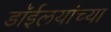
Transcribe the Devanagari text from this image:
डाॅईलयांच्या